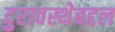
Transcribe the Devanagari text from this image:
दुरावस्थेबद्दल